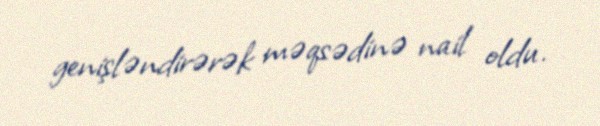
genişləndirərək məqsədinə nail oldu.